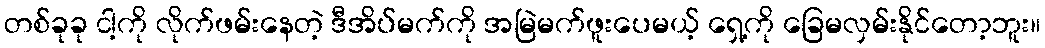
တစ်ခုခု ငါ့ကို လိုက်ဖမ်းနေတဲ့ ဒီအိပ်မက်ကို အမြဲမက်ဖူးပေမယ့် ရှေ့ကို ခြေမလှမ်းနိုင်တော့ဘူး။